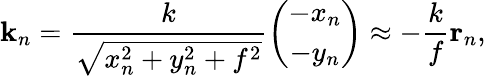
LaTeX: \mathbf{k}_{n}=\frac{k}{\sqrt{x_{n}^{2}+y_{n}^{2}+f^{2}}}\left(\begin{array}{c}{-x_{n}}\\ {-y_{n}}\end{array}\right)\approx-\frac{k}{f}\mathbf{r}_{n},